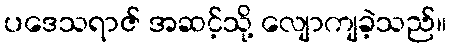
ပဒေသရာဇ် အဆင့်သို့ လျောကျခဲ့သည်။